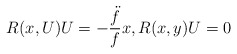
\begin{align*} R(x, U)U = -\frac{\ddot{f}}{f}x, R(x,y)U = 0\end{align*}